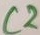
Text: C2